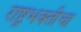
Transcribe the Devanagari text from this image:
राष्ट्रभक्तीचा